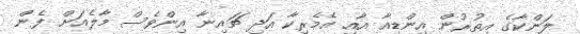
ލަންކާގެ އިތުރުން އިންޑިއާ އާއި އެމެރިކާ އަދި ޗައިނާ އިންވެސް މާލެއަށް ފެން